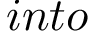
i n t o